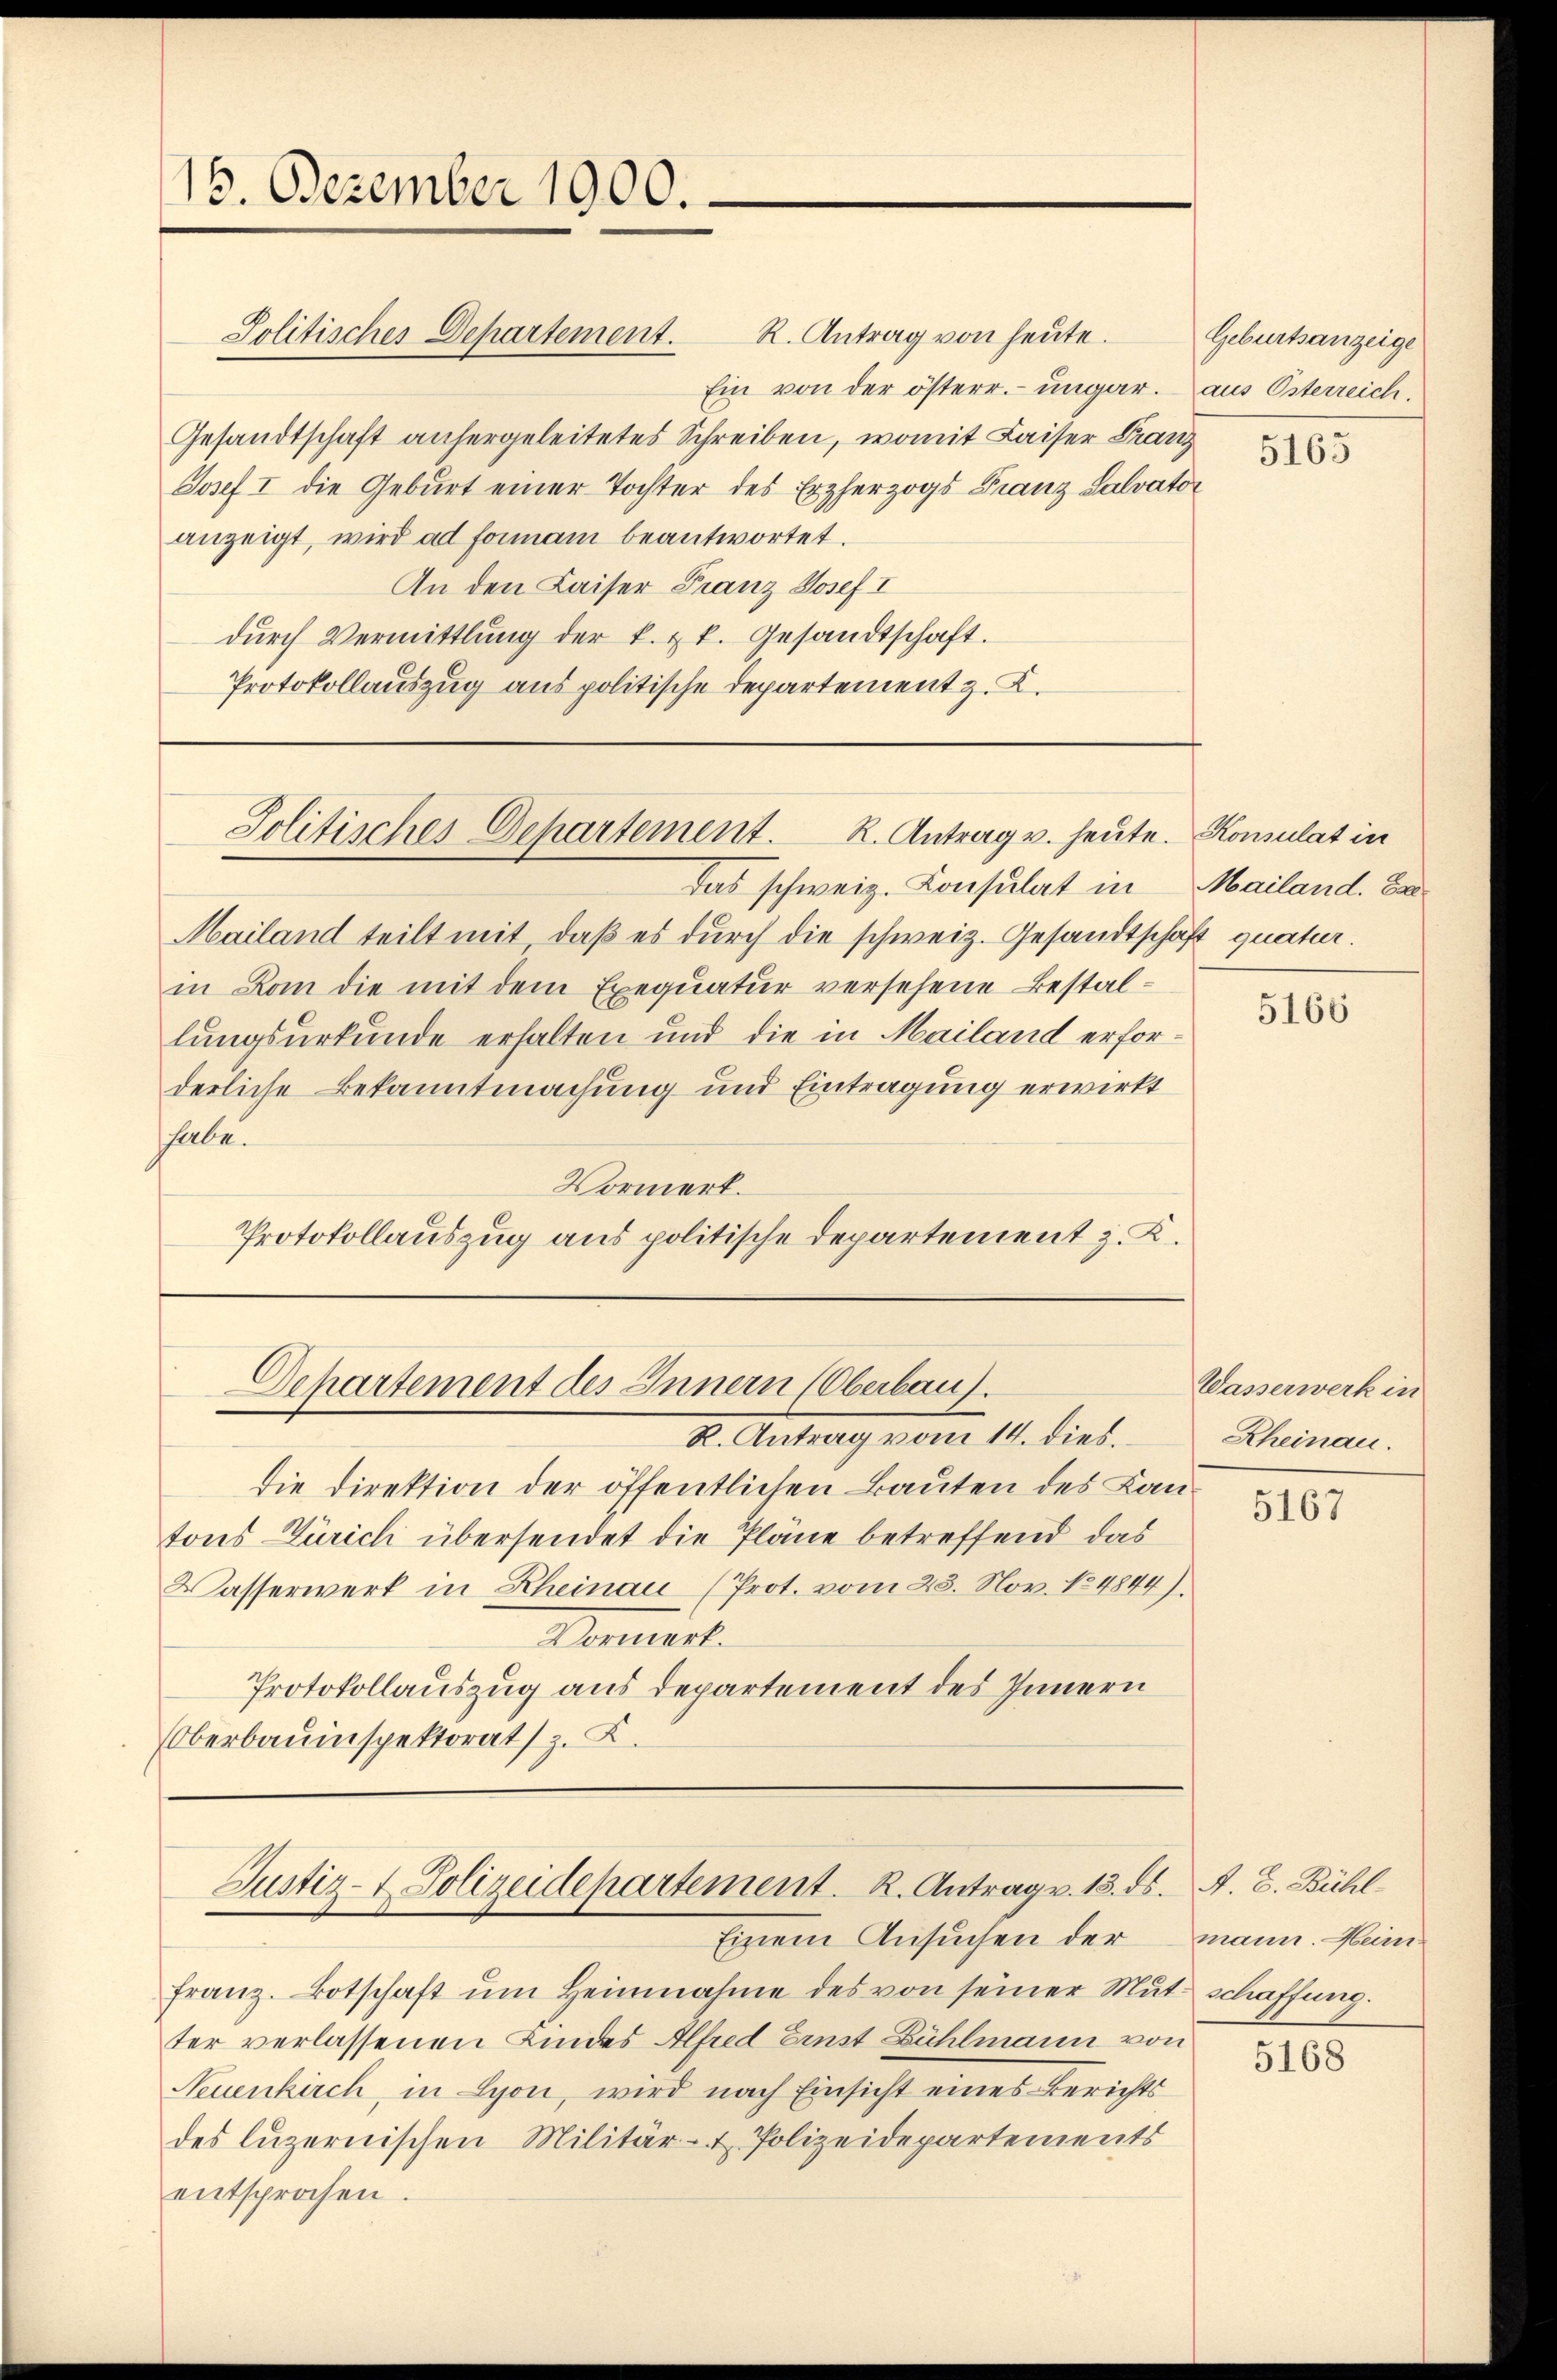
16. Dezember 1900.

R. Antrag von heute.
Ein von der österr. ungar.
Gesandtschaft anhergeleitetes Schreiben, womit Kaiser Franz
Josef I die Geburt einer Tochter des Erzherzogs Franz Salvator
anzeigt, wird ad formani beantwortet.
An den Kaiser Franz Josef I
dŭrch Vermittlung der k. zt. Gesandtschaft.
Protokollauszug aus politische Departement z. B.

Politisches Departement.

Politisches Departement. K. Antrag v. heute.

Departement des Innern (Oberbau

Das schweiz. Konsulat in
Mailand teilt mit, daβ es durch die schweiz. Gesandtschäft quatur.
in Kam die mit dem Exequatur versehene Bestallungsurkunde erhalten und die in Mailand erforderliche Bekanntmachung und Eintragung erwirkt
habe.
Vormerk.
Protokollauszug aus politische Departement z. K.

I. Antrag vom 11. dies.
die Direktion der öffentlichen Bauten des Kantons Zürich übersendet die Pläne betreffend das
Wasserwerk in Rheinau (Prot. vom 23. Nov. 184844).
Vormerk.
Protokollauszug aus Departement des Innern
Oberbauinspektorats z. K.

Justiz- & Polizeidepartement. R. Antrag v. 13. ds.
Einem Ansuchen der

franz. Botschaft ŭm Heinnahme des von seiner Mutschaffung.
ter verlassenen Kindes Alfred Einst Bühlmann von
Neuenkirch, in Lyon, wird nach Einsicht eines Berichts
des luzernischen Militär- & Polizeidepartements
entsprochen

Geburtsanzeige
aus Osterreich.

5163

Konsulat in
Mailand. Es

5166

Wasserwerk in
Rheinau.

5167

A. E. Bühl
mann. Heim

5168